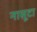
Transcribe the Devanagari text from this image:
नासूटा